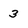
Character: 3